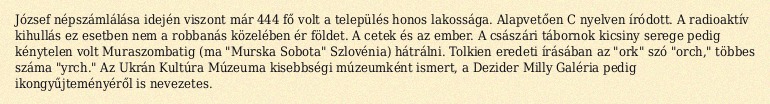
József népszámlálása idején viszont már 444 fő volt a település honos lakossága. Alapvetően C nyelven íródott. A radioaktív kihullás ez esetben nem a robbanás közelében ér földet. A cetek és az ember. A császári tábornok kicsiny serege pedig kénytelen volt Muraszombatig (ma "Murska Sobota" Szlovénia) hátrálni. Tolkien eredeti írásában az "ork" szó "orch," többes száma "yrch." Az Ukrán Kultúra Múzeuma kisebbségi múzeumként ismert, a Dezider Milly Galéria pedig ikongyűjteményéről is nevezetes.